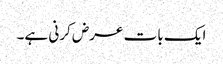
ایک بات عرض کرنی ہے۔